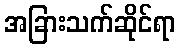
အခြားသက်ဆိုင်ရာ